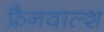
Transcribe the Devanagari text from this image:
फ्रैनवाल्श